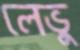
লেভু